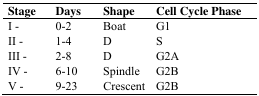
<table><thead><tr><td><b>Stage</b></td><td><b>Days</b></td><td><b>Shape</b></td><td><b>Cell Cycle Phase</b></td></tr></thead><tbody><tr><td>I -</td><td>0-2</td><td>Boat</td><td>G1</td></tr><tr><td>II -</td><td>1-4</td><td>D</td><td>S</td></tr><tr><td>III -</td><td>2-8</td><td>D</td><td>G2A</td></tr><tr><td>IV -</td><td>6-10</td><td>Spindle</td><td>G2B</td></tr><tr><td>V -</td><td>9-23</td><td>Crescent</td><td>G2B</td></tr></tbody></table>